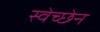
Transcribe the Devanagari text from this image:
स्वेच्छेन